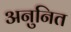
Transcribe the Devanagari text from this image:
अनुनित